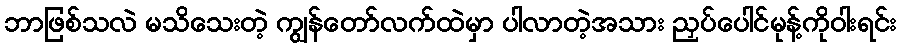
ဘာဖြစ်သလဲ မသိသေးတဲ့ ကျွန်တော်လက်ထဲမှာ ပါလာတဲ့အသား ညှပ်ပေါင်မုန့်ကိုဝါးရင်း